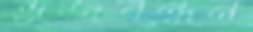
ভুজবন্ধন